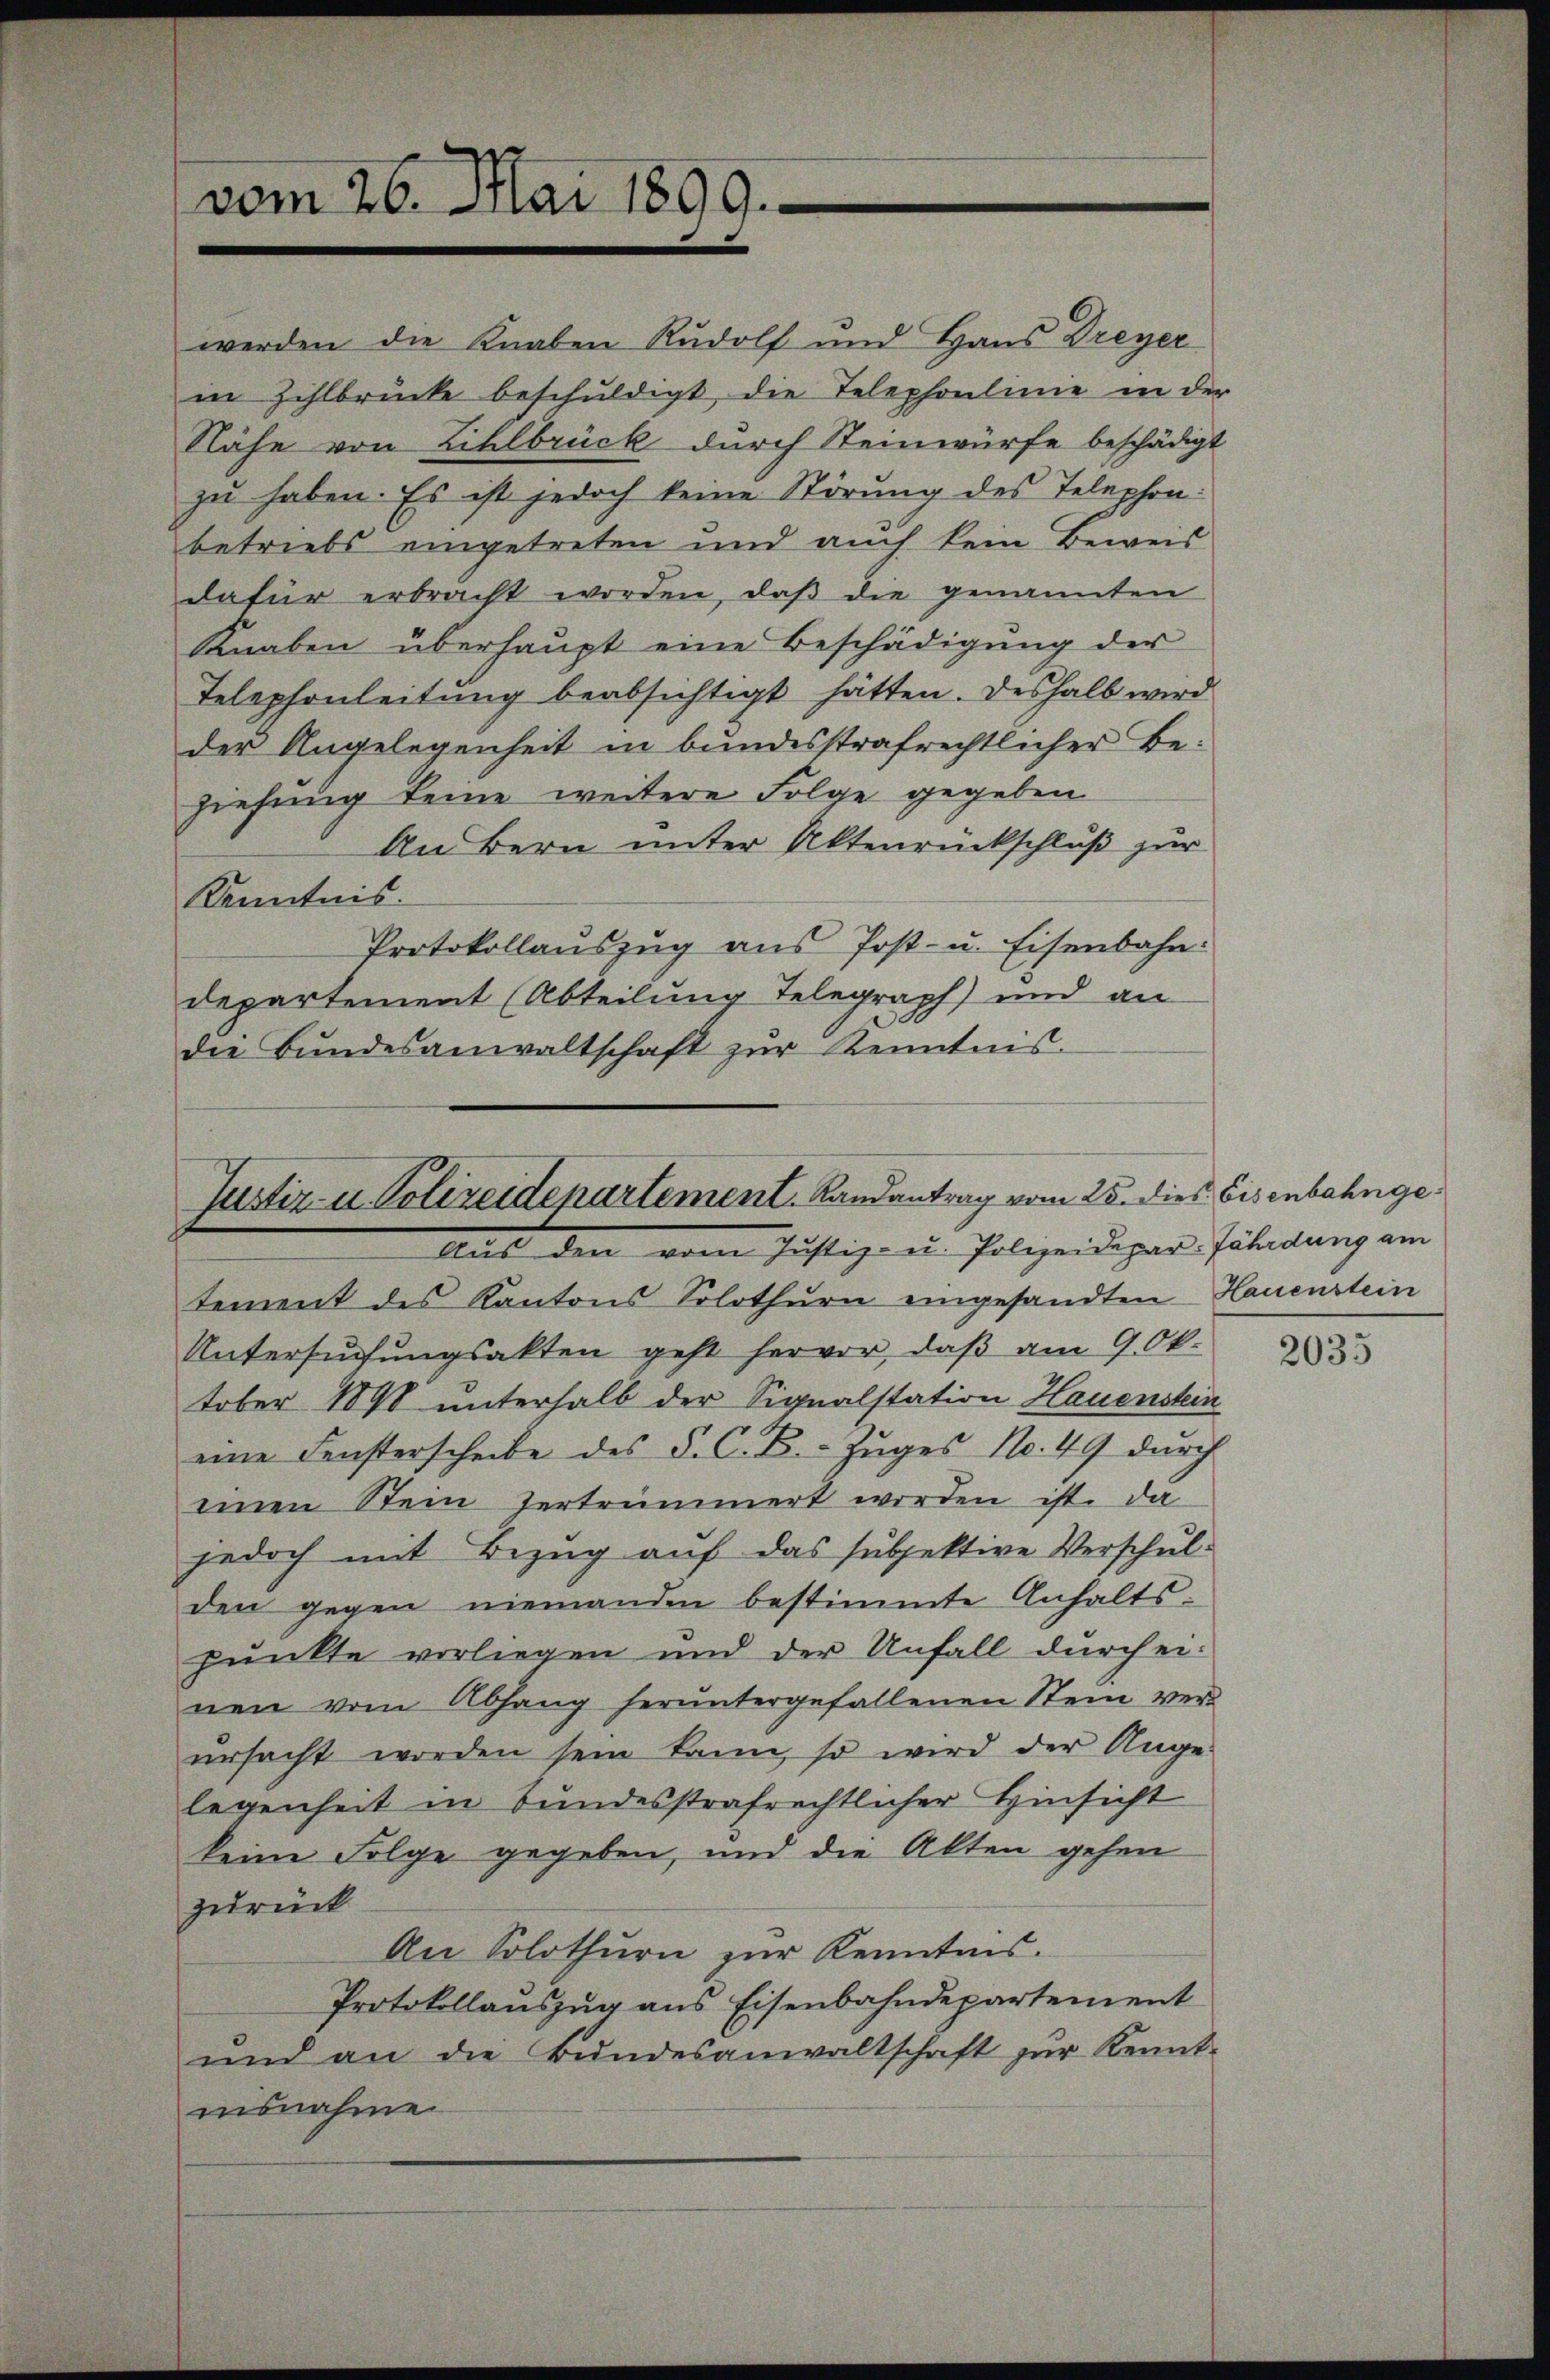
vom 26. Mai 1899.

werden die Knaben Rudolf und Haus Dreyer
in Zihlbrücke beschuldigt, die Telephonlinie in der
Nähe von Zihlbrück durch Steinwürfe beschädigt
zu haben. Es ist jedoch keine Störung des Telephon:
betriebs eingetreten und auch kein Beweis
dafür erbracht worden, daβ die genannten
Knaben überhaupt eine Beschädigung der
Telephonleitung beabsichtigt hätten. Deshalb wird
der Angelegenheit in bundesstrafrechtlicher Beziehung keine weitere Folge gegeben
An Bern unter Aktenrückschluß zur
Kenntnis.
Protokollauszug aus Post- u. Eisenbahn:
departement (Abteilung Telegraph) und an
die Bundesanwaltschaft zur Kenntnis.

Justiz u. Polizeidepartement. Landantrag vom 25. dies Eisenbahnge¬
Aus den vom Justiz- u. Polizeidiger Filadung am

tement des Kantons Solothurn eingesandten Hauenstein
Untersŭchŭngsakten geht hervor, daß am 9. Ok-
tober 1898 unterhalb der Signalstation Hauenstein
eine Fensterscheibe des P. C. B. Zuges No. 49 durch
einen Stein zertrümmert werden ist. Da
jedoch mit Bezug auf das subjektive Verschul-
den gegen niemanden bestimmte Anhaltspunkte vorliegen und der Unfall durch einen vom Abhang heruntergefallenen Stein verŭrsacht worden sein kann, so wird der Ange-
legenheit in bundesstrafrechtlicher Hinsicht
keine Folge gegeben, und die Akten gehen
zurück
An Solothurn zur Kenntnis.
Protokollauszug aus Eisenbahndepartement
ŭnd an die Bŭndesanwaltschaft zŭr Kennt-
nisnahme.

2035